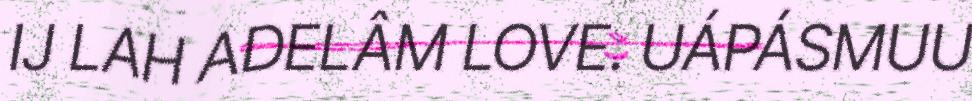
IJ LAH ADELÂM LOVE. UÁPÁSMUU